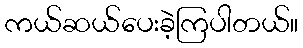
ကယ်ဆယ်ပေးခဲ့ကြပါတယ်။